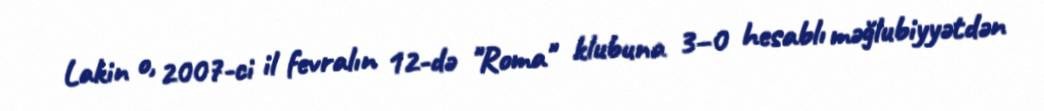
Lakin o, 2007-ci il fevralın 12-də "Roma" klubuna 3–0 hesablı məğlubiyyətdən